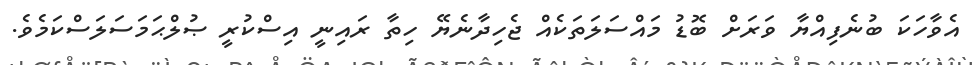
އެވާހަކަ ބުނެފިއްޔާ ވަރަށް ބޮޑު މައްސަލަތަކެއް ޖެހިދާނެޔޭ ހިތާ ރައިނީ އިސްކުރީ ޞުލްޙަމަސަލަސްކަމެވެ.